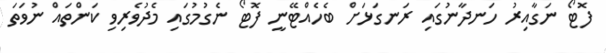
ފޮޓޯ ނަގާއިރު ހަނދާނުގައި ރަނގަޅަށް ބެހެއްޓޭނީ ފޮޓޯ ނެގުމުގައި މެދުވެރިވި ކަންތައް ނުވަތަ